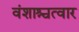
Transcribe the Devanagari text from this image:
वंशाश्चत्वार